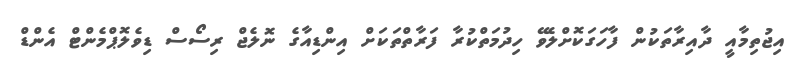
އިޖުތިމާއީ ދާއިރާތަކުން ފާހަގަކޮށްލެވޭ ހިދުމަތްކުރާ ފަރާތްތަކަށް އިންޑިއާގެ ނޮލެޖް ރިސޯސް ޑިވެލޮޕްމެންޓް އެންޑް